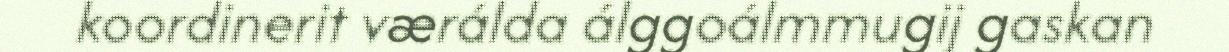
koordinerit værálda álggoálmmugij gaskan